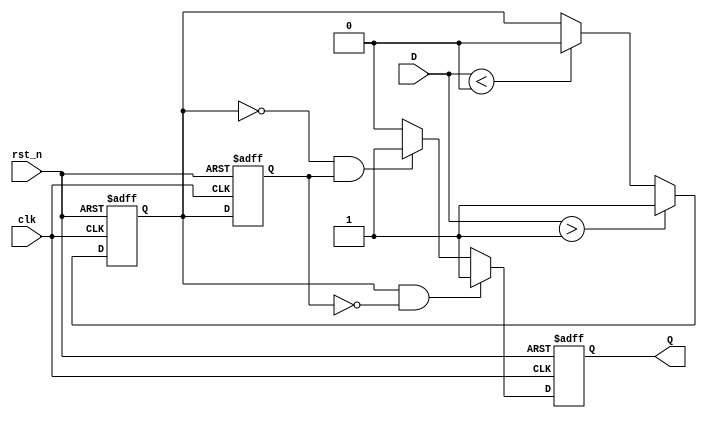
module schmitt_trigger_edge_detector (
    input wire clk,          // Clock input
    input wire rst_n,       // Active low reset
    input wire D,           // Noisy input signal
    output reg Q            // Edge detected output signal
);

    // Parameter definitions for Schmitt Trigger thresholds
    parameter THRESHOLD_H = 1; // High threshold
    parameter THRESHOLD_L = 0; // Low threshold

    reg D_clean;              // Cleaned output from Schmitt Trigger
    reg D_prev;               // Previous state of the cleaned signal

    // Schmitt Trigger implementation
    always @ (posedge clk or negedge rst_n) begin
        if (!rst_n) begin
            D_clean <= 0;    // Reset the output of the Schmitt Trigger
        end else begin
            if (D > THRESHOLD_H) begin
                D_clean <= 1; // Input is above high threshold
            end else if (D < THRESHOLD_L) begin
                D_clean <= 0; // Input is below low threshold
            end
            // If input is not changing significantly, hold the current state.
        end
    end

    // Edge Detection Logic
    always @ (posedge clk or negedge rst_n) begin
        if (!rst_n) begin
            D_prev <= 0;      // Reset previous state
            Q <= 0;           // Reset edge output
        end else begin
            // Detect rising edge
            if (D_clean && !D_prev) begin
                Q <= 1;        // Rising edge detected
            end 
            // Detect falling edge
            else if (!D_clean && D_prev) begin
                Q <= 1;        // Falling edge detected
            end 
            else begin
                Q <= 0;        // No edge detected
            end
            
            // Store current state for the next cycle
            D_prev <= D_clean;
        end
    end
endmodule